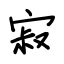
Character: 寂